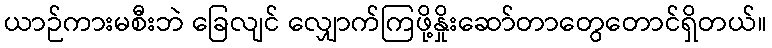
ယာဉ်ကားမစီးဘဲ ခြေလျင် လျှောက်ကြဖို့နှိုးဆော်တာတွေတောင်ရှိတယ်။